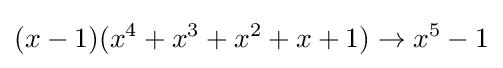
(x-1)(x^{4}+x^{3}+x^{2}+x+1)\rightarrow x^{5}-1